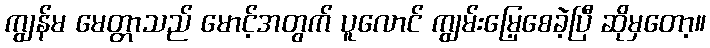
ကျွန်မ မေတ္တာသည် မောင့်အတွက် ပူလောင် ကျွမ်းမြေ့စေခဲ့ပြီ ဆိုမှတော့။